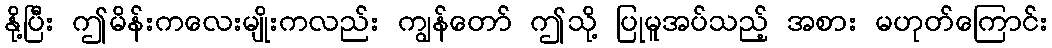
နို့ပြီး ဤမိန်းကလေးမျိုးကလည်း ကျွန်တော် ဤသို့ ပြုမူအပ်သည့် အစား မဟုတ်ကြောင်း